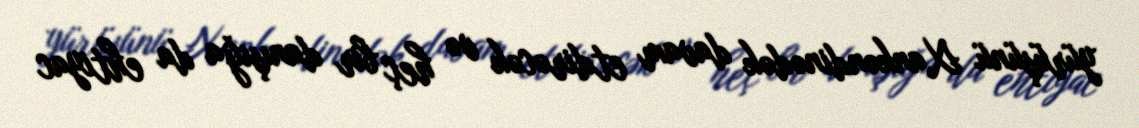
yürüşünü Xankəndinədək davam etdirəcək və heç bir danışığa da ehtiyac